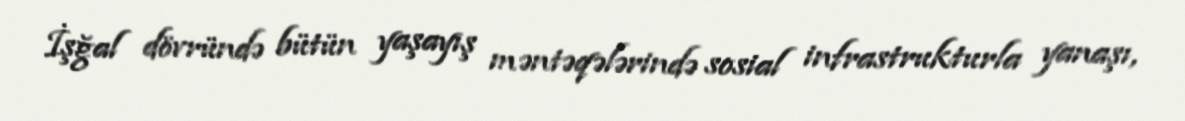
İşğal dövründə bütün yaşayış məntəqələrində sosial infrastrukturla yanaşı,